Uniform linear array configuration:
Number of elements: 32
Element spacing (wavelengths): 0.25
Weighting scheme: blackman
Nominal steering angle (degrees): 45
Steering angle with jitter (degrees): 45.496
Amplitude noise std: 0.05
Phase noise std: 0.05

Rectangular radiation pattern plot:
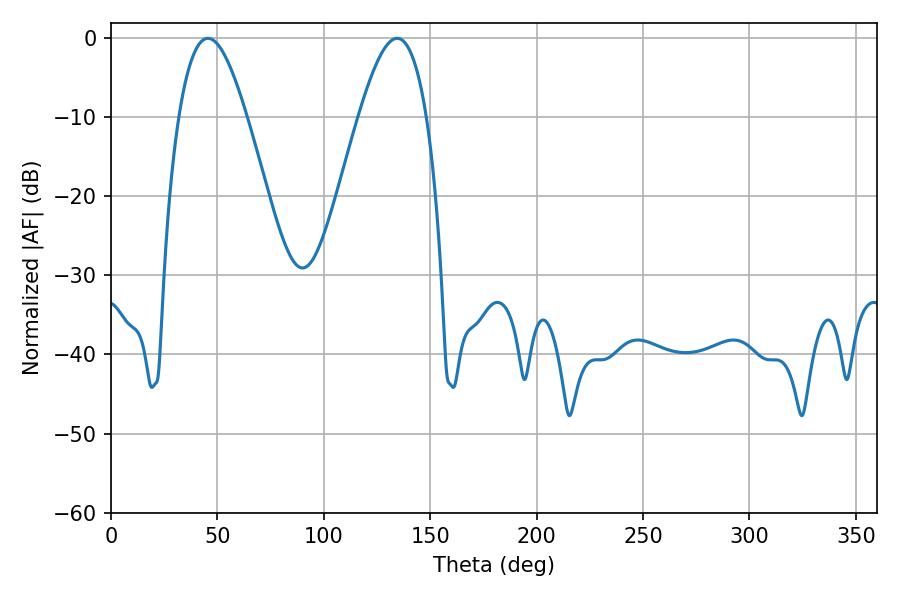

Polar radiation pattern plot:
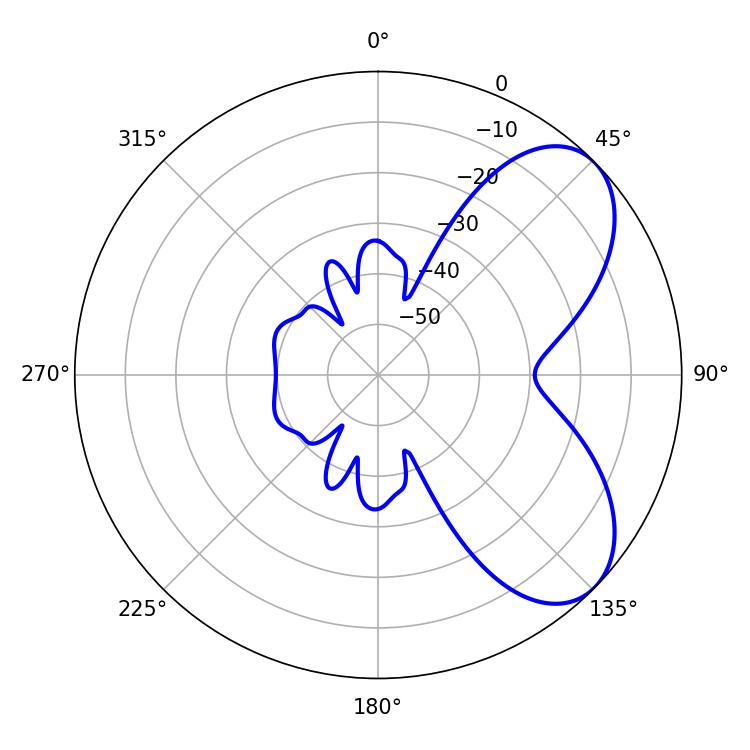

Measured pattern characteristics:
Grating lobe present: FALSE
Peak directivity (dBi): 6.239
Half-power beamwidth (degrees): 17.28
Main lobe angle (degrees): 45.54